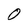
Character: 0